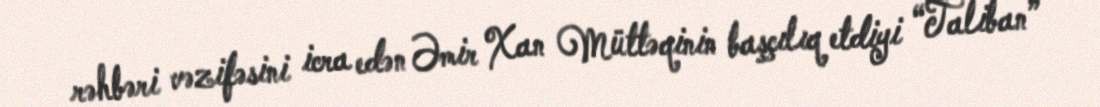
rəhbəri vəzifəsini icra edən Əmir Xan Müttəqinin başçılıq etdiyi “Taliban”